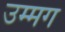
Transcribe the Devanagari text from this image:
उम्मग